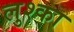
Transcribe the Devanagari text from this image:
लुश्का